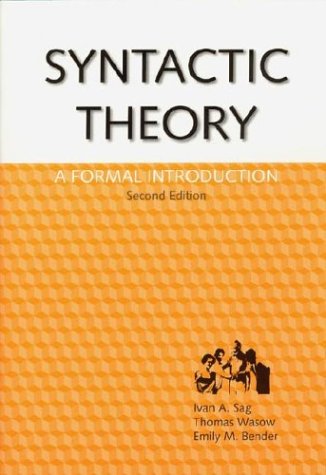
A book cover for Syntactic Theory: A Formal Introduction, 2nd Edition (Lecture Notes); Ivan A. Sag; Computers & Technology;